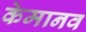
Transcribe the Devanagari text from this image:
केमानव